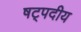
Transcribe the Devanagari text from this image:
षट्पदीय